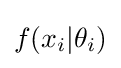
f(x_{i}|\theta _{i})